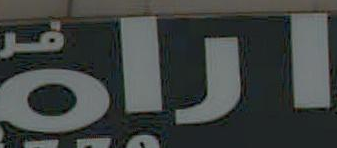
اراة